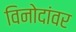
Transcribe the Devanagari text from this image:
विनोदांवर